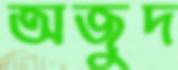
অজুদ